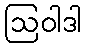
ဩဝါဒါ